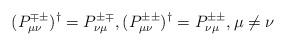
LaTeX: \begin{align*}(P^{\mp\pm}_{\mu\nu})^\dag=P^{\pm\mp}_{\nu\mu}, (P^{\pm\pm}_{\mu\nu})^\dag=P^{\pm\pm}_{\nu\mu}, \mu\neq\nu\end{align*}